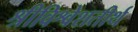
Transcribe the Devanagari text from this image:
श्रीविश्वेशतीर्थ